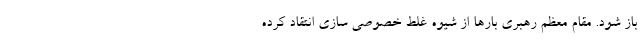
باز شود. مقام معظم رهبری بارها از شیوه غلط خصوصی سازی انتقاد کرده